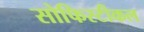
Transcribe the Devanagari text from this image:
सोफिस्टीकल